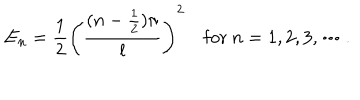
E _ { n } = \frac { 1 } { 2 } \left( \frac { ( n - \frac { 1 } { 2 } ) \pi } { l } \right) ^ { 2 } ~ \mathrm { f o r } ~ n = 1 , 2 , 3 , \cdots .